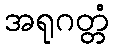
အရုဂတ္တံ